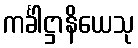
ကင်္ခါဋ္ဌာနိယေသု